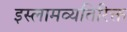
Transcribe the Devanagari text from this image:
इस्लामव्यतिरिक्त